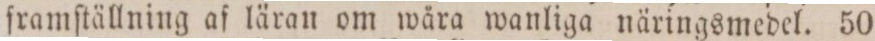
framſtällning af läran om wåra wanliga näringsmedel. 50